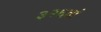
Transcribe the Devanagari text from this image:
३२६वां